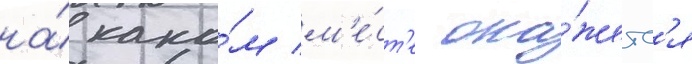
на́ како́м м'е́ст'е ока́жетс'я